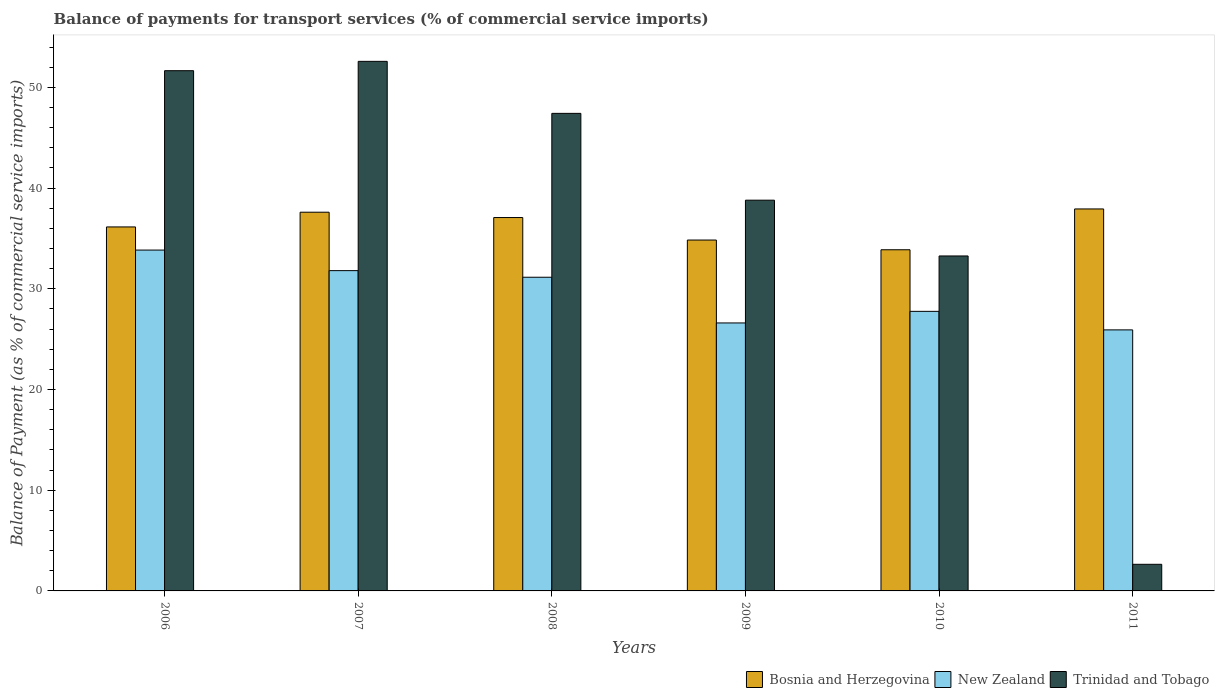
| Years | Bosnia and Herzegovina | New Zealand | Trinidad and Tobago |
 | --- | --- | --- | --- |
 | 2006 | 36.1 | 33.8 | 51.7 |
 | 2007 | 37.6 | 31.8 | 52.6 |
 | 2008 | 37.1 | 31.1 | 47.4 |
 | 2009 | 34.8 | 26.6 | 38.8 |
 | 2010 | 33.9 | 27.8 | 33.3 |
 | 2011 | 37.9 | 25.9 | 2.64 |